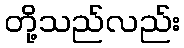
တို့သည်လည်း